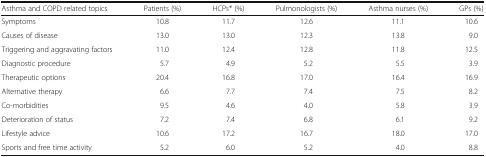
<table><thead><tr><td><b>Asthma and COPD related topics</b></td><td><b>Patients (%)</b></td><td><b>HCPs* (%)</b></td><td><b>Pulmonologists (%)</b></td><td><b>Asthma nurses (%)</b></td><td><b>GPs (%)</b></td></tr></thead><tbody><tr><td>Symptoms</td><td>10.8</td><td>11.7</td><td>12.6</td><td>11.1</td><td>10.6</td></tr><tr><td>Causes of disease</td><td>13.0</td><td>13.0</td><td>12.3</td><td>13.8</td><td>9.0</td></tr><tr><td>Triggering and aggravating factors</td><td>11.0</td><td>12.4</td><td>12.8</td><td>11.8</td><td>12.5</td></tr><tr><td>Diagnostic procedure</td><td>5.7</td><td>4.9</td><td>5.2</td><td>5.5</td><td>3.9</td></tr><tr><td>Therapeutic options</td><td>20.4</td><td>16.8</td><td>17.0</td><td>16.4</td><td>16.9</td></tr><tr><td>Alternative therapy</td><td>6.6</td><td>7.7</td><td>7.4</td><td>7.5</td><td>8.2</td></tr><tr><td>Co-morbidities</td><td>9.5</td><td>4.6</td><td>4.0</td><td>5.8</td><td>3.9</td></tr><tr><td>Deterioration of status</td><td>7.2</td><td>7.4</td><td>6.8</td><td>6.1</td><td>9.2</td></tr><tr><td>Lifestyle advice</td><td>10.6</td><td>17.2</td><td>16.7</td><td>18.0</td><td>17.0</td></tr><tr><td>Sports and free time activity</td><td>5.2</td><td>6.0</td><td>5.2</td><td>4.0</td><td>8.8</td></tr></tbody></table>